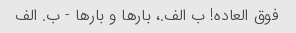
فوق العاده! ب الف.، بارها و بارها - ب. الف